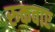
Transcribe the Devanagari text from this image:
रुकवाए